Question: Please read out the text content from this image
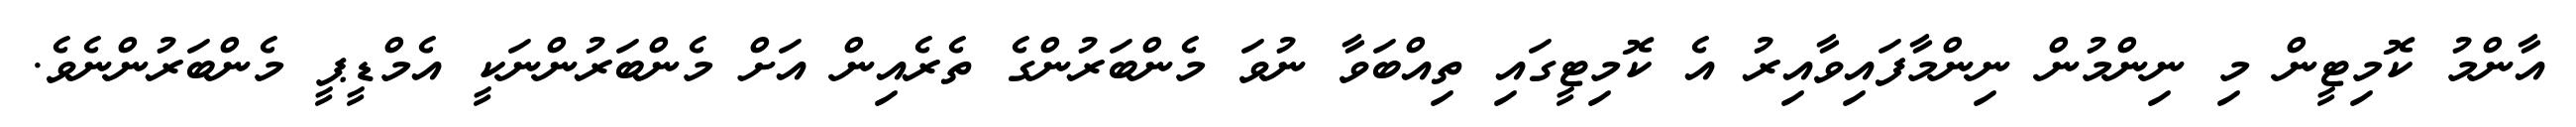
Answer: އާންމު ކޮމިޓީން މި ނިންމުން ނިންމާފައިވާއިރު އެ ކޮމިޓީގައި ތިއްބަވާ ނުވަ މެންބަރުންގެ ތެރެއިން އަށް މެންބަރުންނަކީ އެމްޑީޕީ މެންބަރުންނެވެ.